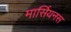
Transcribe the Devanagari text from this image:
मार्सियनस